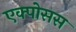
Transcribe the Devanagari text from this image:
एक्पोसस